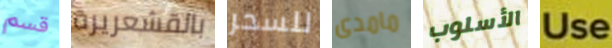
قسم بالقشعريرة للسحر مامدى الأسلوب Use